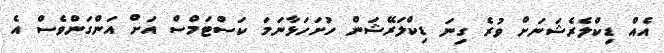
އެއް ޑިކްލެރެޝަނަށް ވުރެ ގިނަ ޑިކްލަރޭޝަން ހުށަހަޅާނަމަ ކަސްޓަމްސް އަށް އަންގަންވެސް އެ